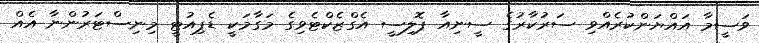
ވަސީމާ އައްޔަންކުރެއްވި ސަރުކާރުގެ ސީނިއާ ޕޮލިސީ އެގްޒެކްޓެވިގެ މަގާމަކީ ޑެޕިއުޓީ މިނިސްޓަރުންނާ އެއް